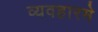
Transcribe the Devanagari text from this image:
व्यवहारमे